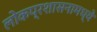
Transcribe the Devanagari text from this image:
लोकप्रशासनामध्ये